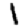
Digit: 1